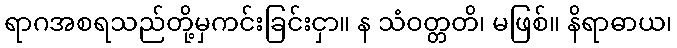
ရာဂအစရသည်တို့မှကင်းခြင်းငှာ။ န သံဝတ္တတိ၊ မဖြစ်။ နိရာဓာယ၊